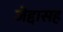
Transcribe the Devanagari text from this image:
जेद्दासह